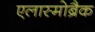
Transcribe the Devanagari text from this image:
एलास्मोब्रैक